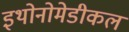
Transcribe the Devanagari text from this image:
इथोनोमेडीकल